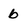
Character: b